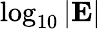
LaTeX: \log_{10}|\mathbf{E}|